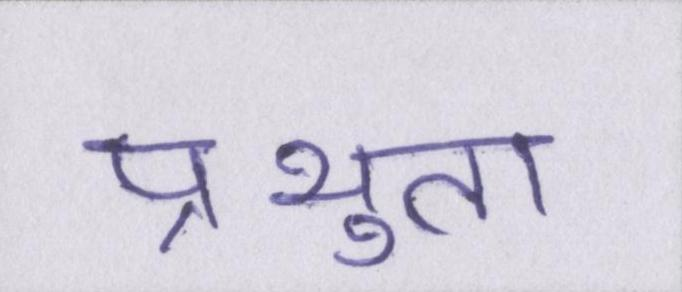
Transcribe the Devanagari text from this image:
प्रभुता